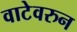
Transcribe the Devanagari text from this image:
वाटेवरुन